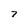
Character: 7